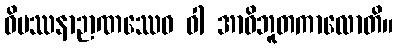
ဝိပဿနာဉာဏဿေဝ ဝါ အာဝိဘူတကာလောတိ။